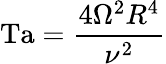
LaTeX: \mathrm{Ta}={\frac{4\Omega^{2}R^{4}}{\nu^{2}}}